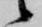
候